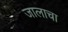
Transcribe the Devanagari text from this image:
जालाचा